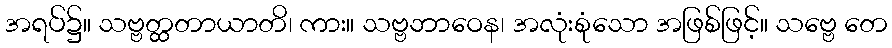
အရပ်၌။ သဗ္ဗတ္ထတာယာတိ၊ ကား။ သဗ္ဗဘာဝေန၊ အလုံးစုံသော အဖြစ်ဖြင့်။ သဗ္ဗေ တေ